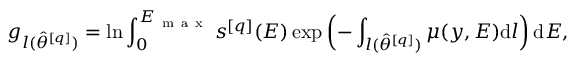
g _ { l ( \hat { \theta } ^ { [ q ] } ) } = \ln \int _ { 0 } ^ { E _ { \mathrm { ~ m ~ a ~ x ~ } } } s ^ { [ q ] } ( E ) \exp \left( - \int _ { l ( \hat { \theta } ^ { [ q ] } ) } \mu ( \boldsymbol { y } , E ) \mathrm { d } l \right) \mathrm { d } E ,